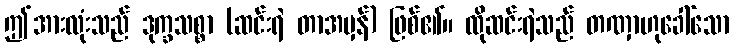
ဤအားလုံးသည် ဒုက္ခသစ္စာ (ဆင်းရဲ တာအမှန်) ဖြစ်၏။ ထိုဆင်းရဲသည် တဏှာဟုခေါ်သော